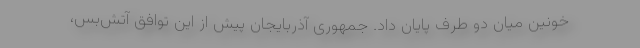
خونین میان دو طرف پایان داد. جمهوری آذربایجان پیش از این توافق آتش‌بس،